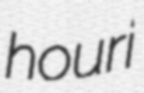
houri